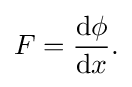
F={\frac {{\rm {d}}\phi }{{\rm {d}}x}}.\,\!